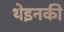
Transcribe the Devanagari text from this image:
थेइनकी